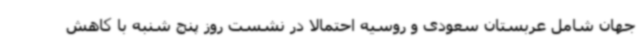
جهان شامل عربستان سعودی و روسیه احتمالا در نشست روز پنج شنبه با کاهش